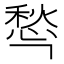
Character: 𰒁